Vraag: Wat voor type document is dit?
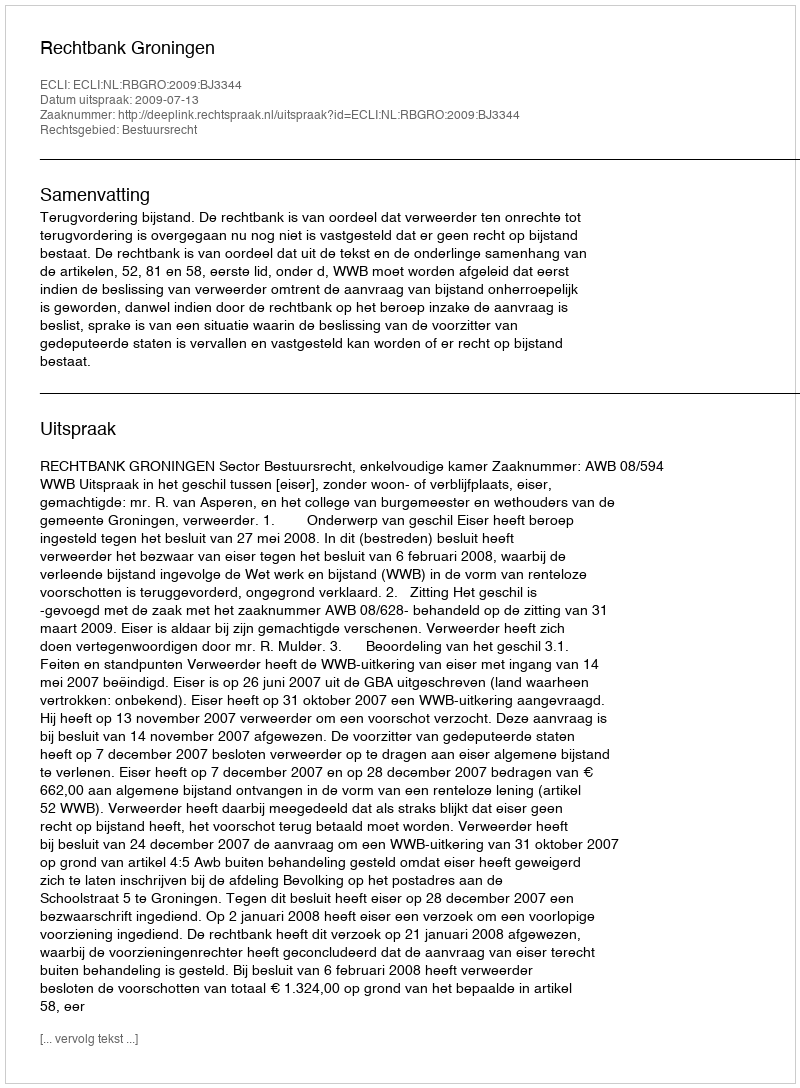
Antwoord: Uitspraak